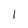
Character: I